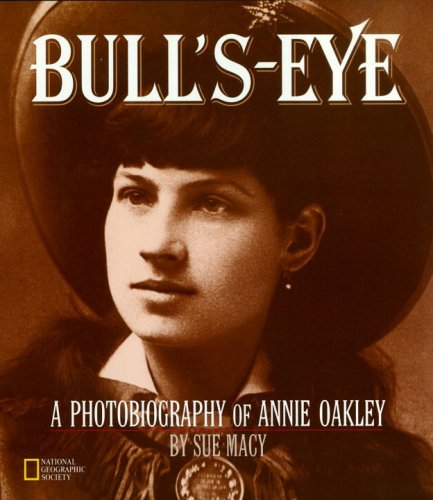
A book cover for Bull's-Eye: A Photobiography of Annie Oakley (Photobiographies); Sue Macy; Children's Books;